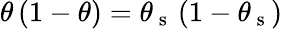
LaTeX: \theta\left(1-\theta\right)=\theta_{\mathrm{~s~}}\left(1-\theta_{\mathrm{~s~}}\right)